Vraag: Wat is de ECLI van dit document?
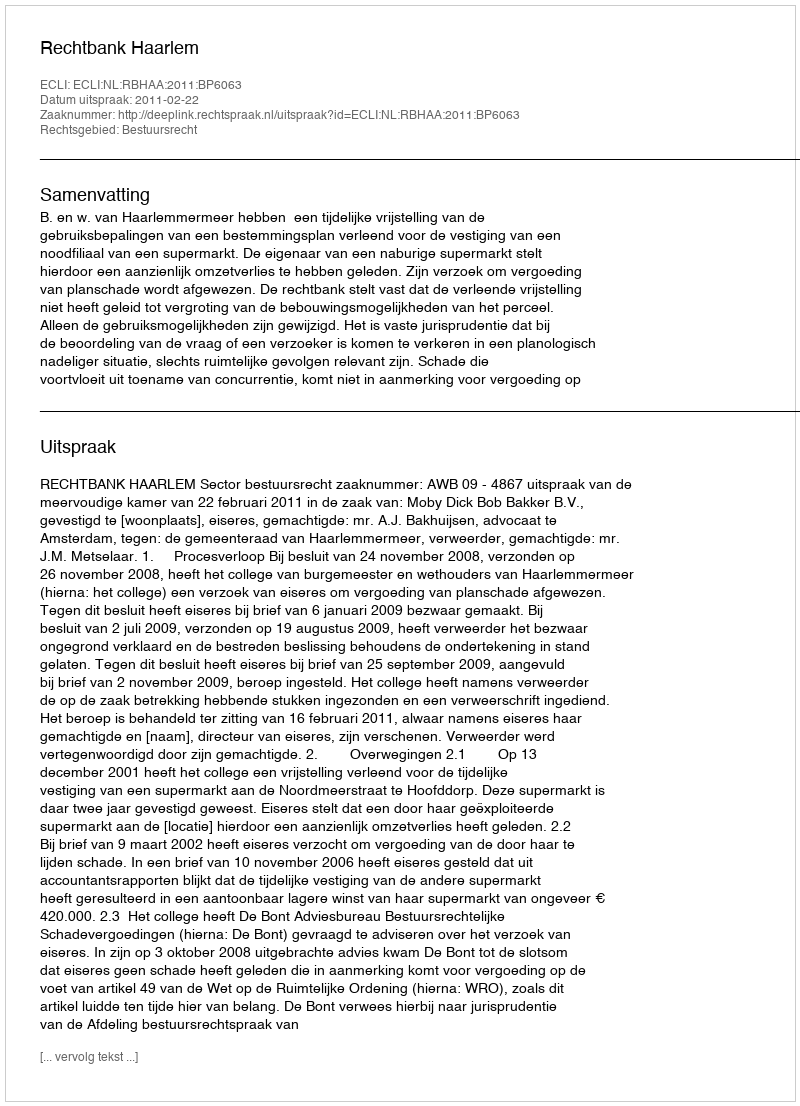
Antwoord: ECLI:NL:RBHAA:2011:BP6063